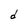
Character: d